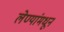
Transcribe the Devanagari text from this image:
लेण्यांमधून